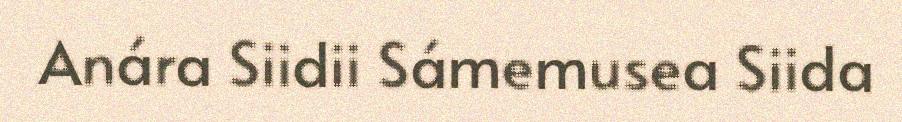
Anára Siidii Sámemusea Siida